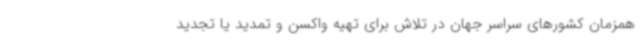
همزمان کشورهای سراسر جهان در تلاش برای تهیه واکسن و تمدید یا تجدید